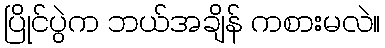
ပြိုင်ပွဲက ဘယ်အချိန် ကစားမလဲ။